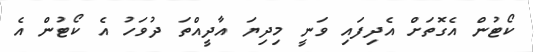
ކޯޓުން އެގޮތަށް އެދިފައި ވަނީ މިދިޔަ އާދީއްތަ ދުވަހު އެ ކޯޓުން އެ